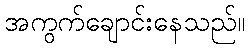
အကွက်ချောင်းနေသည်။